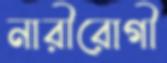
নারীরোগী